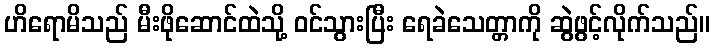
ဟိရောမိသည် မီးဖိုဆောင်ထဲသို့ ဝင်သွားပြီး ရေခဲသေတ္တာကို ဆွဲဖွင့်လိုက်သည်။